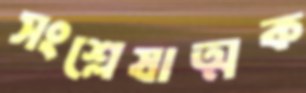
সংশ্লেষাত্মক